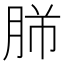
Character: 𦚿